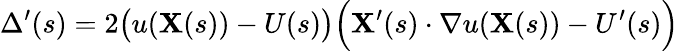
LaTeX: \Delta^{\prime}(s)=2{\big(}u(\mathbf{X}(s))-U(s){\big)}{\Big(}\mathbf{X}^{\prime}(s)\cdot\nabla u(\mathbf{X}(s))-U^{\prime}(s){\Big)}